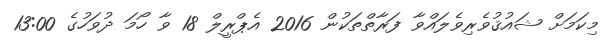
މިކަމަށް ޝައުޤުވެރިވެލައްވާ ފަރާތްތަކުން 2016 އެޕްރީލް 18 ވާ ހޯމަ ދުވަހުގެ 13:00